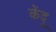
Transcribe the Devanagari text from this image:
केंदू